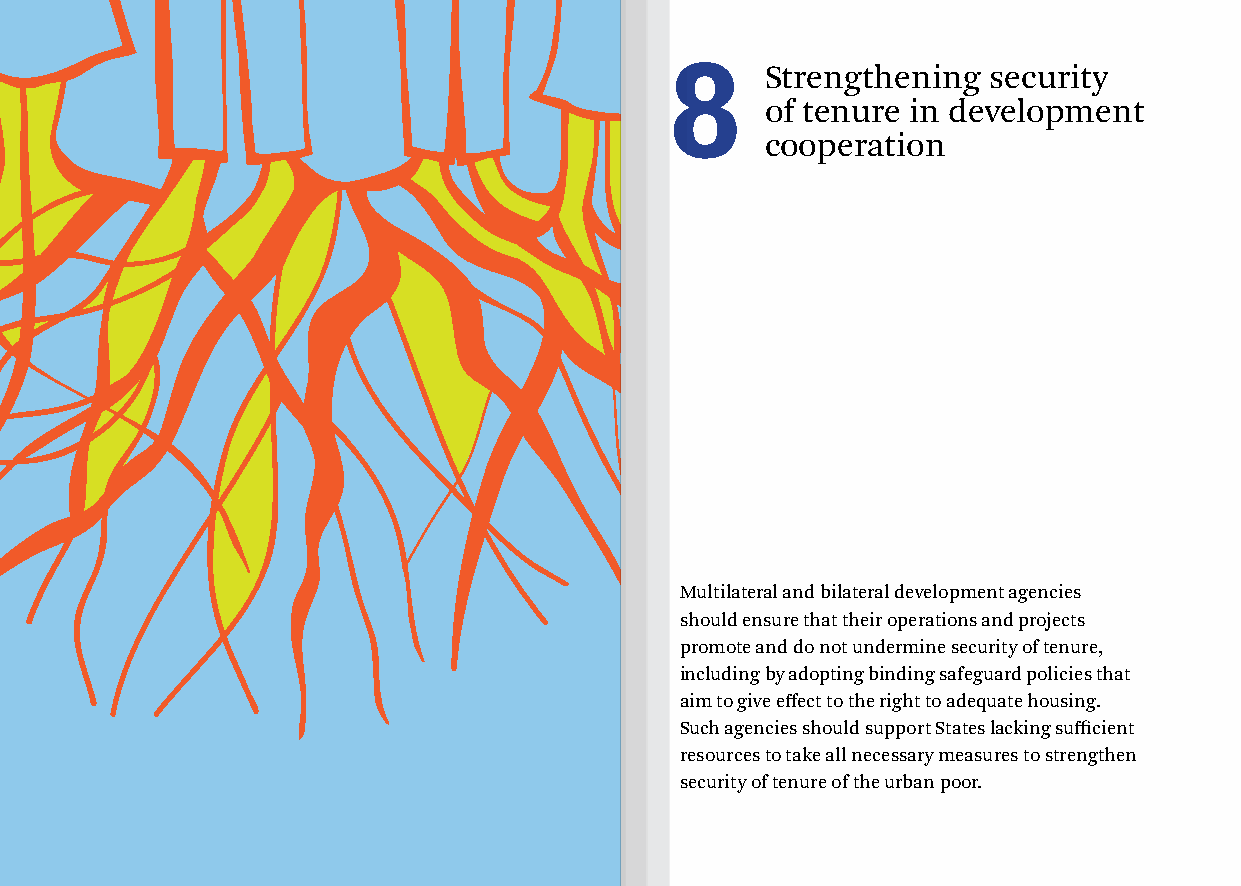
8      Strengthening security
 of tenure in development
 cooperation
 Multilateral and bilateral development agencies
 should ensure that their operations and projects
 promote and do not undermine security of tenure,
 including by adopting binding safeguard policies that
 aim to give effect to the right to adequate housing.
 Such agencies should support States lacking sufficient
 resources to take all necessary measures to strengthen
 security of tenure of the urban poor.